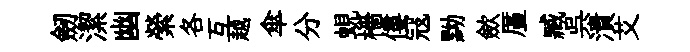
劒潔幽縈各互越傘分蜆檣僂冦黝歛厪臧呉潰艾